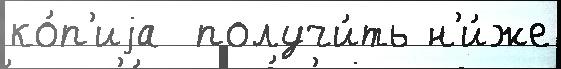
ко́п'иjа  получи́ть н'и́же